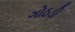
ગોઠડી